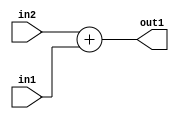
`timescale 1ps / 1ps
/*****************************************************************************
    Verilog RTL Description
    
    
    Created by: Stratus DpOpt 21.05.01 
*******************************************************************************/

module dut_Add_7Ux7U_8U_4 (
	in2,
	in1,
	out1
	); /* architecture "behavioural" */ 
input [6:0] in2,
	in1;
output [7:0] out1;
wire [7:0] asc001;

assign asc001 = 
	+(in2)
	+(in1);

assign out1 = asc001;
endmodule

/* CADENCE  urnwSAw= : u9/ySxbfrwZIxEzHVQQV8Q== ** DO NOT EDIT THIS LINE ******/